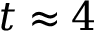
t \approx 4